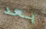
بعد